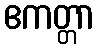
ဧကတ္တာ